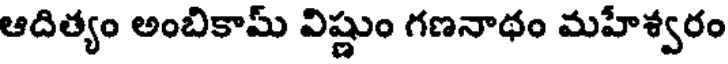
ఆదిత్యం అంబికామ్ విష్ణుం గణనాథం మహేశ్వరం